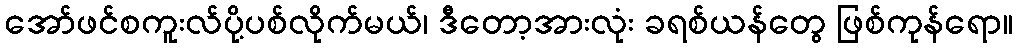
အော်ဖင်စကူးလ်ပို့ပစ်လိုက်မယ်၊ ဒီတော့အားလုံး ခရစ်ယန်တွေ ဖြစ်ကုန်ရော။